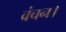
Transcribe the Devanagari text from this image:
वंचन।